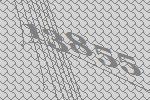
13855